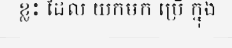
ខ្លះ ដែល យកមក ប្រើ ក្នុង